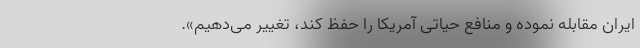
ایران مقابله نموده و منافع حیاتی آمریکا را حفظ کند، تغییر می‌دهیم».